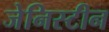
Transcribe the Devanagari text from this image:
जेनिस्टीन